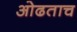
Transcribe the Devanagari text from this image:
ओढताच